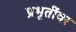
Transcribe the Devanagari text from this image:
प्रभृतींवर